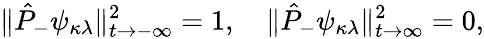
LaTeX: \| \hat{P}_{-}\psi_{\kappa\lambda}\| _{t\rightarrow-\infty}^{2}=1,\quad\| \hat{P}_{-}\psi_{\kappa\lambda}\| _{t\rightarrow\infty}^{2}=0,